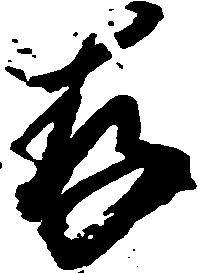
存